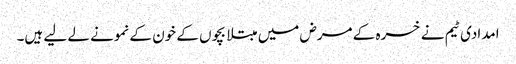
امدادی ٹیم نے خسرہ کے مرض میں مبتلا بچوں کے خون کے نمونے لے لیے ہیں۔